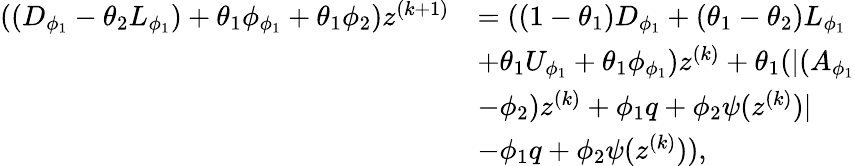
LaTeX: \begin{array}{rl}{((D_{\phi_{1}}-\theta_{2}L_{\phi_{1}})+\theta_{1}\phi_{\phi_{1}}+\theta_{1}\phi_{2})z^{(k+1)}}&{=((1-\theta_{1})D_{\phi_{1}}+(\theta_{1}-\theta_{2})L_{\phi_{1}}}\\ &{+\theta_{1}U_{\phi_{1}}+\theta_{1}\phi_{\phi_{1}})z^{(k)}+\theta_{1}(\lvert(A_{\phi_{1}}}\\ &{-\phi_{2})z^{(k)}+\phi_{1}q+\phi_{2}\psi(z^{(k)})\rvert}\\ &{-\phi_{1}q+\phi_{2}\psi(z^{(k)})),}\end{array}